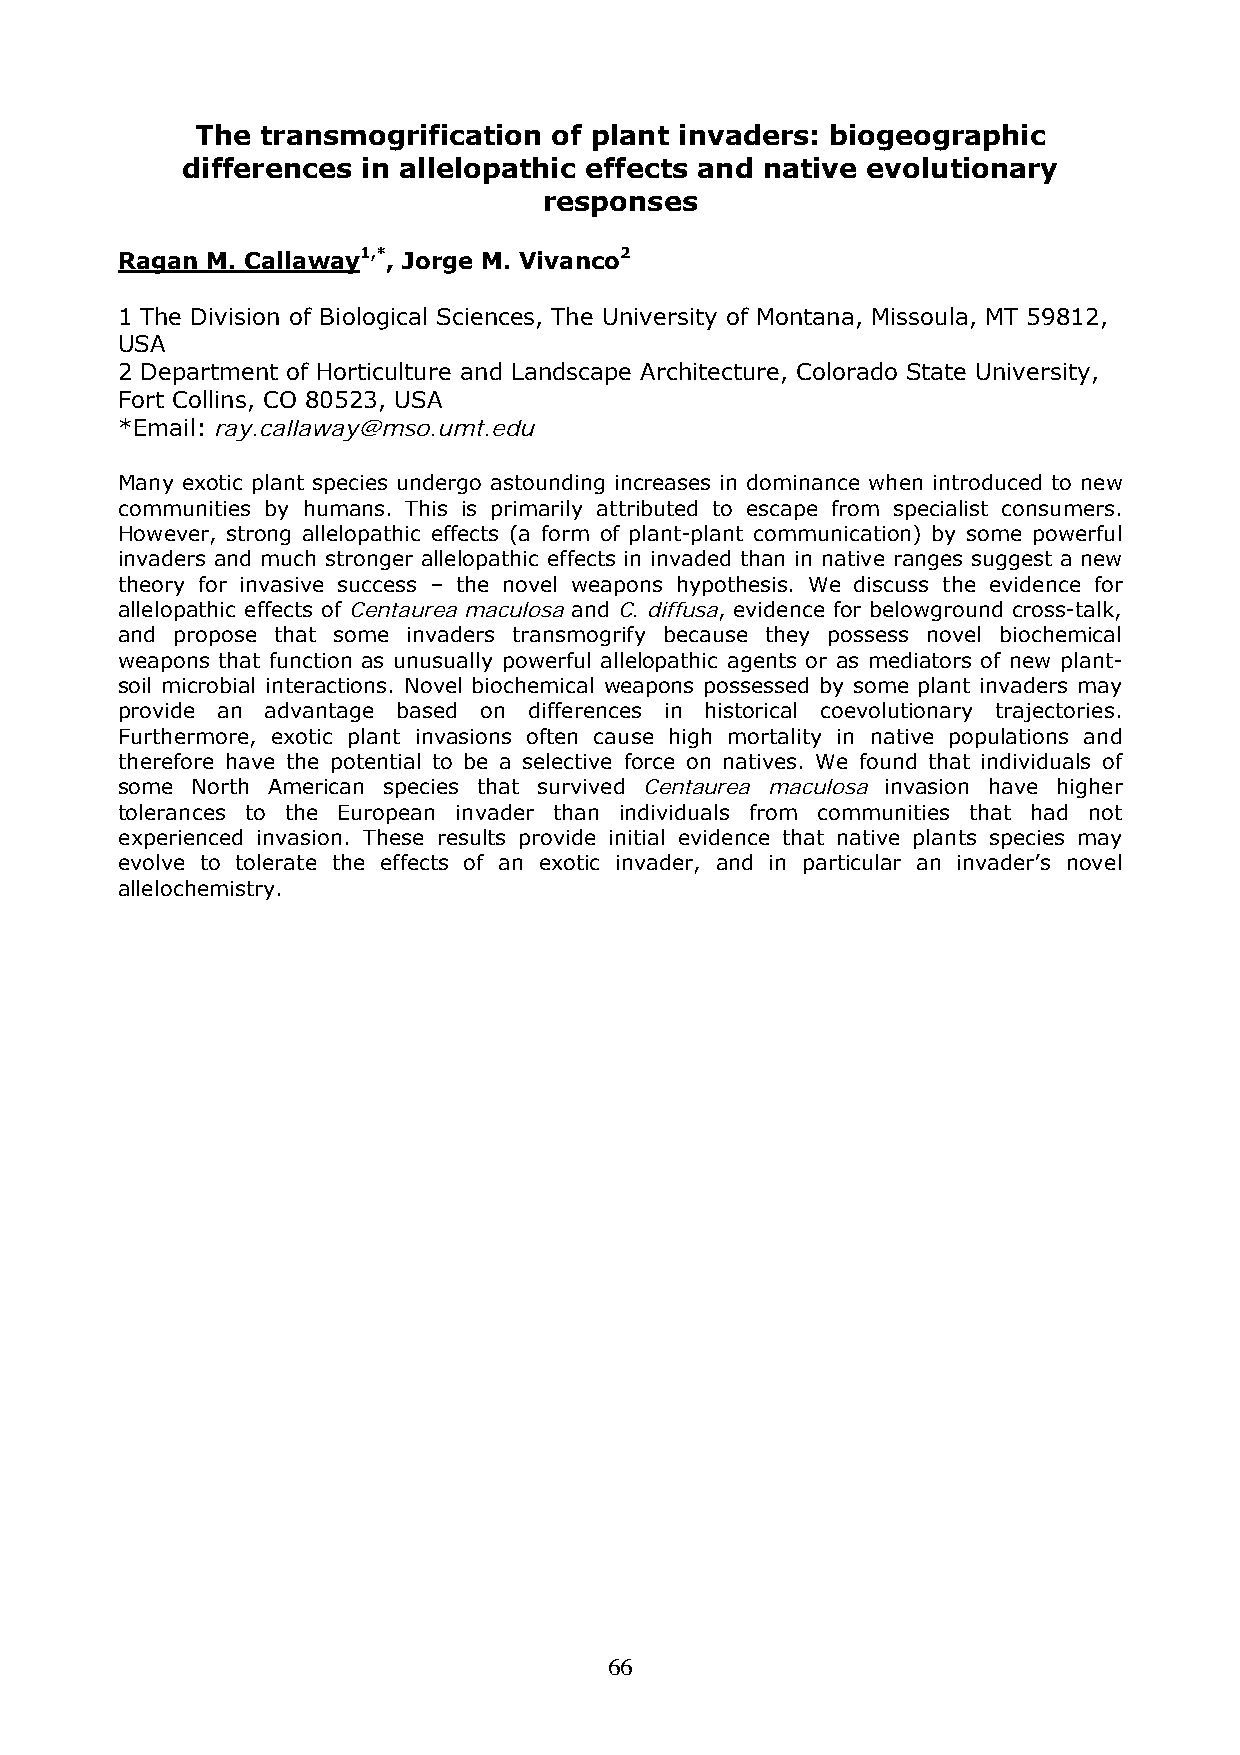
The transmogrification  of plant invaders: biogeographic
 differences in allelopathic effects and native evolutionary
 responses
 Ragan M. Callaway1,*, Jorge M. Vivanco2
 1 The Division of Biological Sciences, The University of Montana, Missoula, MT 59812,
 USA
 2 Department of Horticulture and Landscape Architecture, Colorado State University,
 Fort Collins, CO 80523, USA
 *Email: ray.callaway@mso.umt.edu
 Many exotic plant species undergo astounding increases in dominance when introduced to new
 communities by humans. This is primarily attributed to escape from specialist consumers.
 However, strong allelopathic effects (a form of plant-plant communication) by some powerful
 invaders and much stronger allelopathic effects in invaded than in native ranges suggest a new
 theory for invasive success – the novel weapons hypothesis. We discuss the evidence for
 allelopathic effects of Centaurea maculosa and C. diffusa, evidence for belowground cross-talk,
 and propose that some invaders transmogrify because they possess novel biochemical
 weapons that function as unusually powerful allelopathic agents or as mediators of new plant-
 soil microbial interactions. Novel biochemical weapons possessed by some plant invaders may
 provide an advantage based on differences in historical coevolutionary trajectories.
 Furthermore, exotic plant invasions often cause high mortality in native populations and
 therefore have the potential to be a selective force on natives. We found that individuals of
 some North American species that survived Centaurea maculosa invasion have higher
 tolerances to the European invader than individuals from communities that had not
 experienced invasion. These results provide initial evidence that native plants species may
 evolve to tolerate the effects of an exotic invader, and in particular an invader’s novel
 allelochemistry.
 66